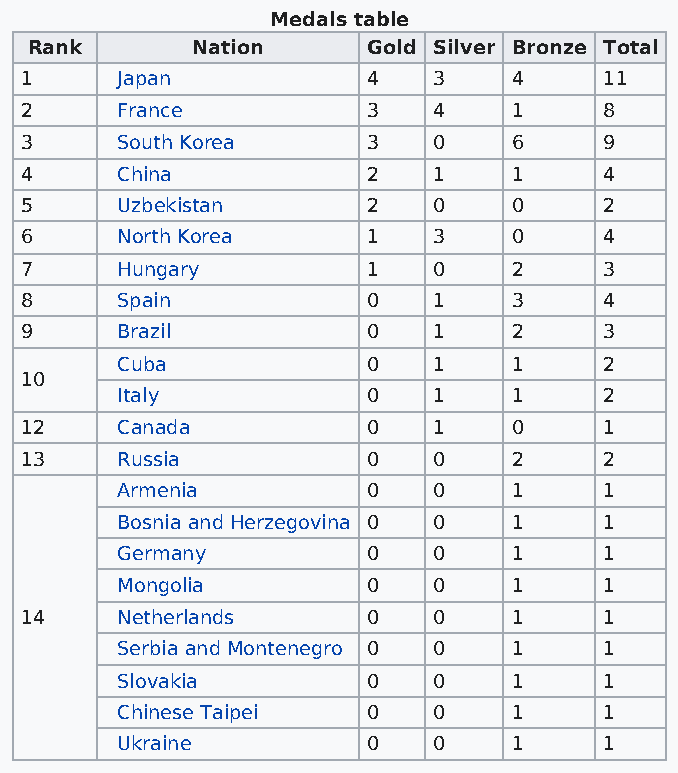
Medals table
 Rank       Nation     Gold Silver Bronze Total
 1      Japan           4    3    4     11
 2      France          3    4    1     8
 3      South Korea     3    0    6     9
 4      China           2    1    1     4
 5      Uzbekistan      2    0    0     2
 6      North Korea     1    3    0     4
 7      Hungary         1    0    2     3
 8      Spain           0    1    3     4
 9      Brazil          0    1    2     3
 Cuba            0    1    1     2
 10
 Italy           0    1    1     2
 12     Canada          0    1    0     1
 13     Russia          0    0    2     2
 Armenia         0    0    1     1
 Bosnia and Herzegovina 0 0 1    1
 Germany         0    0    1     1
 Mongolia        0    0    1     1
 14     Netherlands     0    0    1     1
 Serbia and Montenegro 0 0 1     1
 Slovakia        0    0    1     1
 Chinese Taipei  0    0    1     1
 Ukraine         0    0    1     1